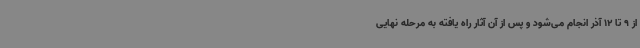
از 9 تا 12 آذر انجام می‌شود و پس از آن آثار راه یافته به مرحله نهایی